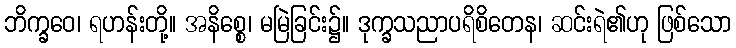
ဘိက္ခဝေ၊ ရဟန်းတို့။ အနိစ္စေ၊ မမြဲခြင်း၌။ ဒုက္ခသညာပရိစိတေန၊ ဆင်းရဲ၏ဟု ဖြစ်သော